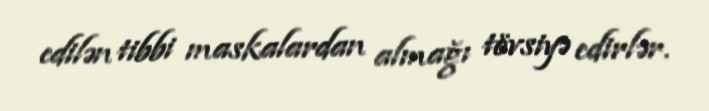
edilən tibbi maskalardan almağı tövsiyə edirlər.